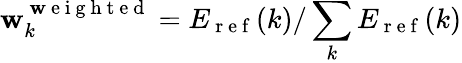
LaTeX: \mathbf{w}_{k}^{\mathrm{{~\mathbf{w}~e~i~g~h~t~e~d~}}}=E_{\mathrm{{~r~e~f~}}}(k)/\sum_{k}E_{\mathrm{{~r~e~f~}}}(k)